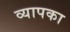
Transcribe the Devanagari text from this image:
व्यापका